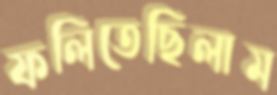
ফলিতেছিলাম